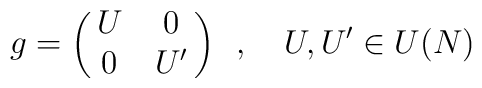
g = \left( \matrix {U & 0 \cr 0 & U^{\prime} } \right) \,\,\,,\,\,\,\,\,\, U,U^{\prime } \in U(N)